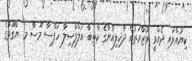
ކިޔުއްވައި ދެއްވީ ވުޒާރަތުއް ދާޚިލިއްޔާގެ ކާތިބާ އަލްފާޟިލާ ހަފްސާ މޫސާ މ .ޔާގޫތުގެ